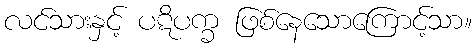
လင်သားနှင့် ပဋိပက္ခ ဖြစ်နေသောကြောင့်သာ။